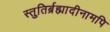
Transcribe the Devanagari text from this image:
स्तुतिर्ब्रह्मादीनामपि